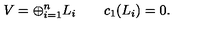
V = \oplus _ { i = 1 } ^ { n } L _ { i } \qquad c _ { 1 } ( L _ { i } ) = 0 .